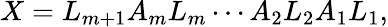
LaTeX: X=L_{m+1}A_{m}L_{m}\cdots A_{2}L_{2}A_{1}L_{1},